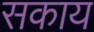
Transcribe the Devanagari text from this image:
सकाय